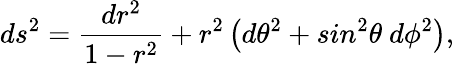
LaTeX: ds^{2}=\frac{dr^{2}}{1-r^{2}}+r^{2}\left(d\theta^{2}+sin^{2}\theta\ d\phi^{2}\right),